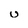
Character: U